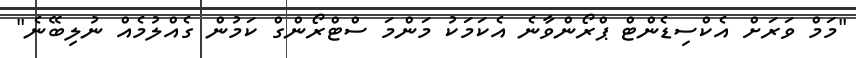
"މަމް ވަރަށް އެކްސިޑެންޓް ޕްރޯންވާނެ އެކަމަކު މަންމަ ސްޓްރޯންގް ކަމުން ގެއްލުމެއް ނުލިބޭނެ"